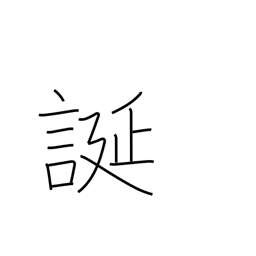
Meaning: be arbitrary